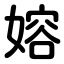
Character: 嫆